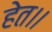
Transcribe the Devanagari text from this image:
हेत।।